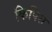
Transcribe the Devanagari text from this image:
किपिस